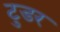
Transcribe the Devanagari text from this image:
टुडर